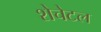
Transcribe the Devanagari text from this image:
शेचेटल